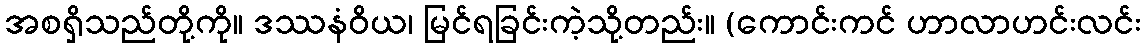
အစရှိသည်တို့ကို။ ဒဿနံဝိယ၊ မြင်ရခြင်းကဲ့သို့တည်း။ (ကောင်းကင် ဟာလာဟင်းလင်း